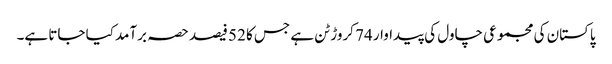
پاکستان کی مجموعی چاول کی پیداوار 74 کروڑ ٹن ہے جس کا 52 فیصد حصہ برآمد کیا جاتا ہے۔